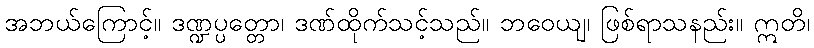
အဘယ်ကြောင့်။ ဒဏ္ဍပ္ပတ္တော၊ ဒဏ်ထိုက်သင့်သည်။ ဘဝေယျ၊ ဖြစ်ရာသနည်း။ ဣတိ၊